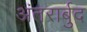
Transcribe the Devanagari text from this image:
अंतरार्बुद